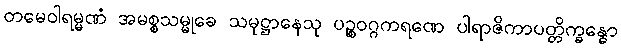
တမေဝါရမ္မဏံ အမစ္စသမ္မုခေ သမုဋ္ဌာနေသု ပဉ္စဝဂ္ဂကရဏေ ပါရာဇိကာပတ္တိက္ခန္ဓော